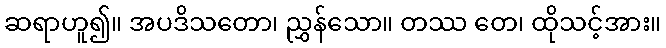
ဆရာဟူ၍။ အပဒိသတော၊ ညွှန်သော။ တဿ တေ၊ ထိုသင့်အား။